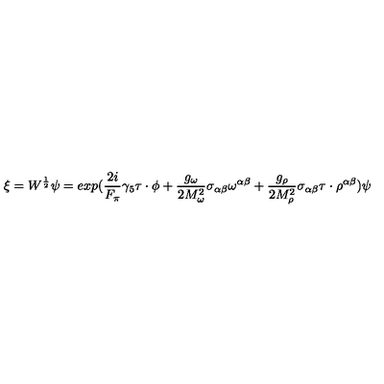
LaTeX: \xi = W ^ { \frac { 1 } { 2 } } \psi = e x p ( \frac { 2 i } { F _ { \pi } } \gamma _ { 5 } \mathrm { \boldmath \tau } \cdot \mathrm { \boldmath \phi } + \frac { g _ { \omega } } { 2 M _ { \omega } ^ { 2 } } \sigma _ { \alpha \beta } \omega ^ { \alpha \beta } + \frac { g _ { \rho } } { 2 M _ { \rho } ^ { 2 } } \sigma _ { \alpha \beta } \mathrm { \boldmath \tau } \cdot \mathrm { \boldmath \rho } ^ { \alpha \beta } ) \psi